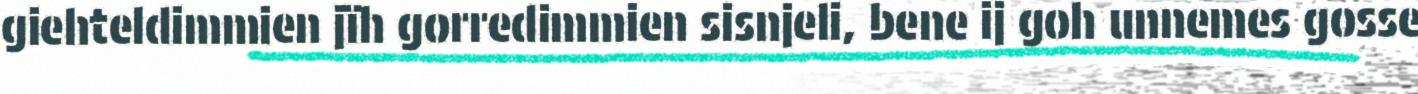
giehteldimmien jïh gorredimmien sisnjeli, bene ij goh unnemes gosse